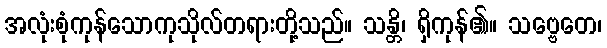
အလုံးစုံကုန်သောကုသိုလ်တရားတို့သည်။ သန္တိ၊ ရှိကုန်၏။ သဗ္ဗေတေ၊